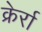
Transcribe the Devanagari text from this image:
क्रेर्रा